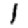
Digit: 1